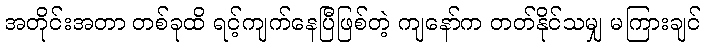
အတိုင်းအတာ တစ်ခုထိ ရင့်ကျက်နေပြီဖြစ်တဲ့ ကျနော်က တတ်နိုင်သမျှ မကြားချင်